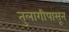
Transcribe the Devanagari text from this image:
तुलागीपासून